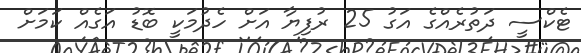
ޓެކްސީ ދަތުރެއްގެ އަގު 25 ރުފިޔާ އަށް ހެދުމަކީ ބޮޑު އަގެއް ކަމަށް